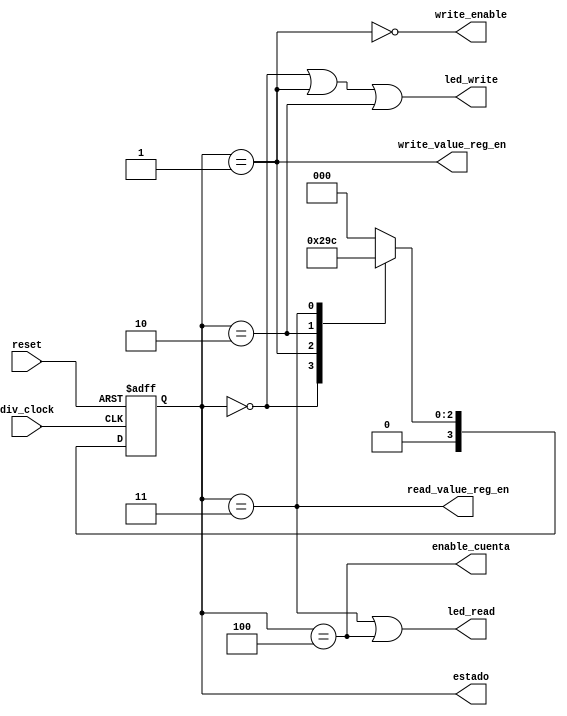
module FSM(div_clock, reset, enable_cuenta, write_enable, 
	write_value_reg_en, read_value_reg_en, led_write, led_read, estado);
	
	//ENTRADAS Y SALIDAS
	input reset, div_clock;
	output write_value_reg_en, read_value_reg_en;
	output enable_cuenta, write_enable, led_write, led_read;
	output [3:0] estado;

	//Definimos todos los estados de la FSM
	 parameter STATE_0 = 0;
	 parameter STATE_1 = 1;
	 parameter STATE_2 = 2;
	 parameter STATE_3 = 3;
	 parameter STATE_4 = 4;
	 
	 //Variable que lleva el estado actual
	 reg [3:0] state;
	 
	 //Valores iniciales
	 initial
		begin
			state <= -1;
		end
		
	 //Se hace que la maquina de estados avance con un clock lento
	 always@(posedge div_clock or posedge reset)
		begin
			if (reset)
				begin
					state <= -1;
				end
			else
				begin
					case(state)
						STATE_0:
							begin								
								state <= STATE_1;
							end
						STATE_1:
							begin
								state <= STATE_2;
							end
						STATE_2:
							begin
								state <= STATE_3;
							end
						STATE_3:
							begin
								state <= STATE_4;							
							end
						STATE_4:
							begin
								state <= STATE_0;
							end
						default: 
							begin
								state <= STATE_0;
							end
					endcase
				end
		 end
	assign estado = state;	
	assign enable_cuenta = (state == STATE_4);
	assign write_enable = ~(state == STATE_1);
	assign write_value_reg_en = (state == STATE_1);
	assign read_value_reg_en = (state == STATE_3);
	assign led_write = (state == STATE_0 ) | (state == STATE_1) | (state == STATE_2);
	assign led_read = (state == STATE_3) | (state == STATE_4);
	
endmodule